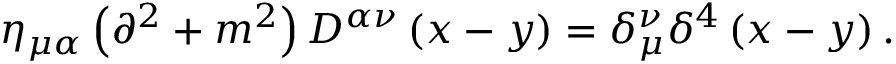
\eta _ { \mu \alpha } \left( \partial ^ { 2 } + m ^ { 2 } \right) D ^ { \alpha \nu } \left( x - y \right) = \delta _ { \mu } ^ { \nu } \delta ^ { 4 } \left( x - y \right) .